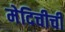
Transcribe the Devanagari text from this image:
मेदिचीची